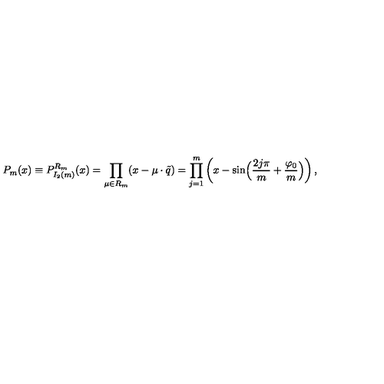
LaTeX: P _ { m } ( x ) \equiv P _ { I _ { 2 } ( m ) } ^ { R _ { m } } ( x ) = \prod _ { \mu \in { R _ { m } } } ( x - \mu \cdot \tilde { q } ) = \prod _ { j = 1 } ^ { m } \left( x - \sin \Bigl ( { \frac { 2 j \pi } { m } } + { \frac { \varphi _ { 0 } } { m } } \Bigr ) \right) ,